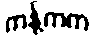
ကန့်ကက